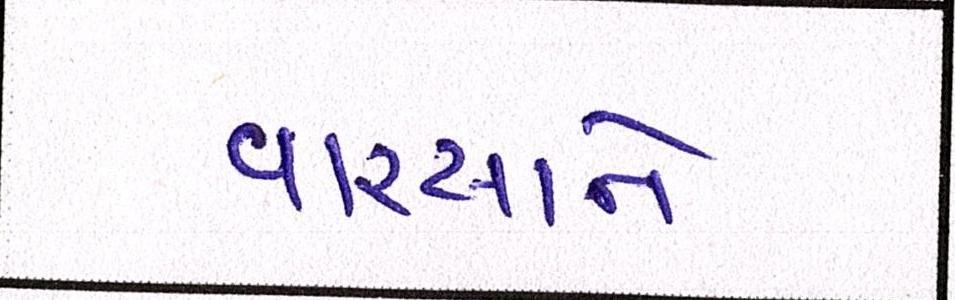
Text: વારસાને